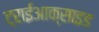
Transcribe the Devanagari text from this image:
ट्राईआक्साइड